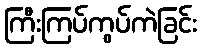
ကြီးကြပ်ကွပ်ကဲခြင်း